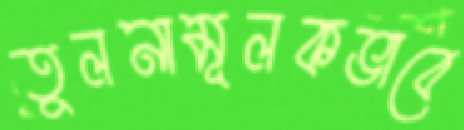
তুলনামূলকভাবে